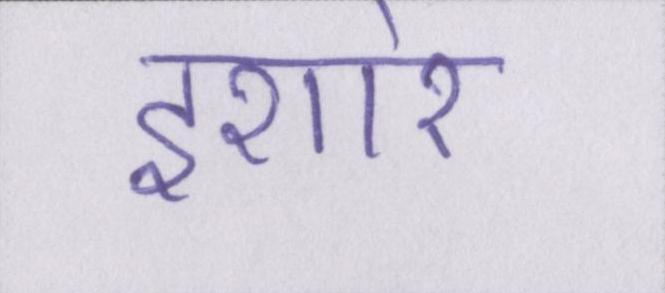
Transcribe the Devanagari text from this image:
इशारे